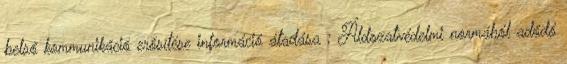
belső kommunikáció erősítése információ átadása ; Áldozatvédelmi normából adódó